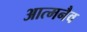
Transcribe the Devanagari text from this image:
आत्मनैव